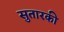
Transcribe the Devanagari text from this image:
सुतारकी